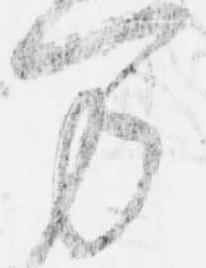
万